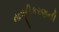
નાબૂદીકરણની